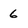
Character: 6